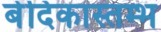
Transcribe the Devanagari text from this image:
बेदिकास्तम्भ